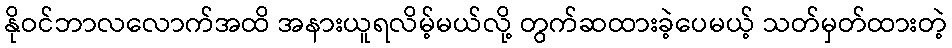
နိုဝင်ဘာလလောက်အထိ အနားယူရလိမ့်မယ်လို့ တွက်ဆထားခဲ့ပေမယ့် သတ်မှတ်ထားတဲ့